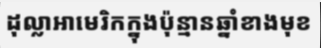
ដុល្លាអាមេរិកក្នុងប៉ុន្មានឆ្នាំខាងមុខ